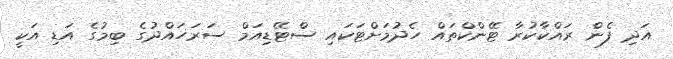
އަދި ފެން ރައްކާކުރާ ޓޭންކްތައް ހެދުމަށްޓަކައި ސްޓޭޑިއަމް ސަރަހައްދުގެ ބިމުގެ އަޑި އަކީ